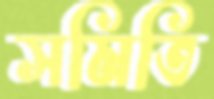
সমিতি